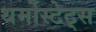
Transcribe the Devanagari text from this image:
थर्मोस्टेट्स